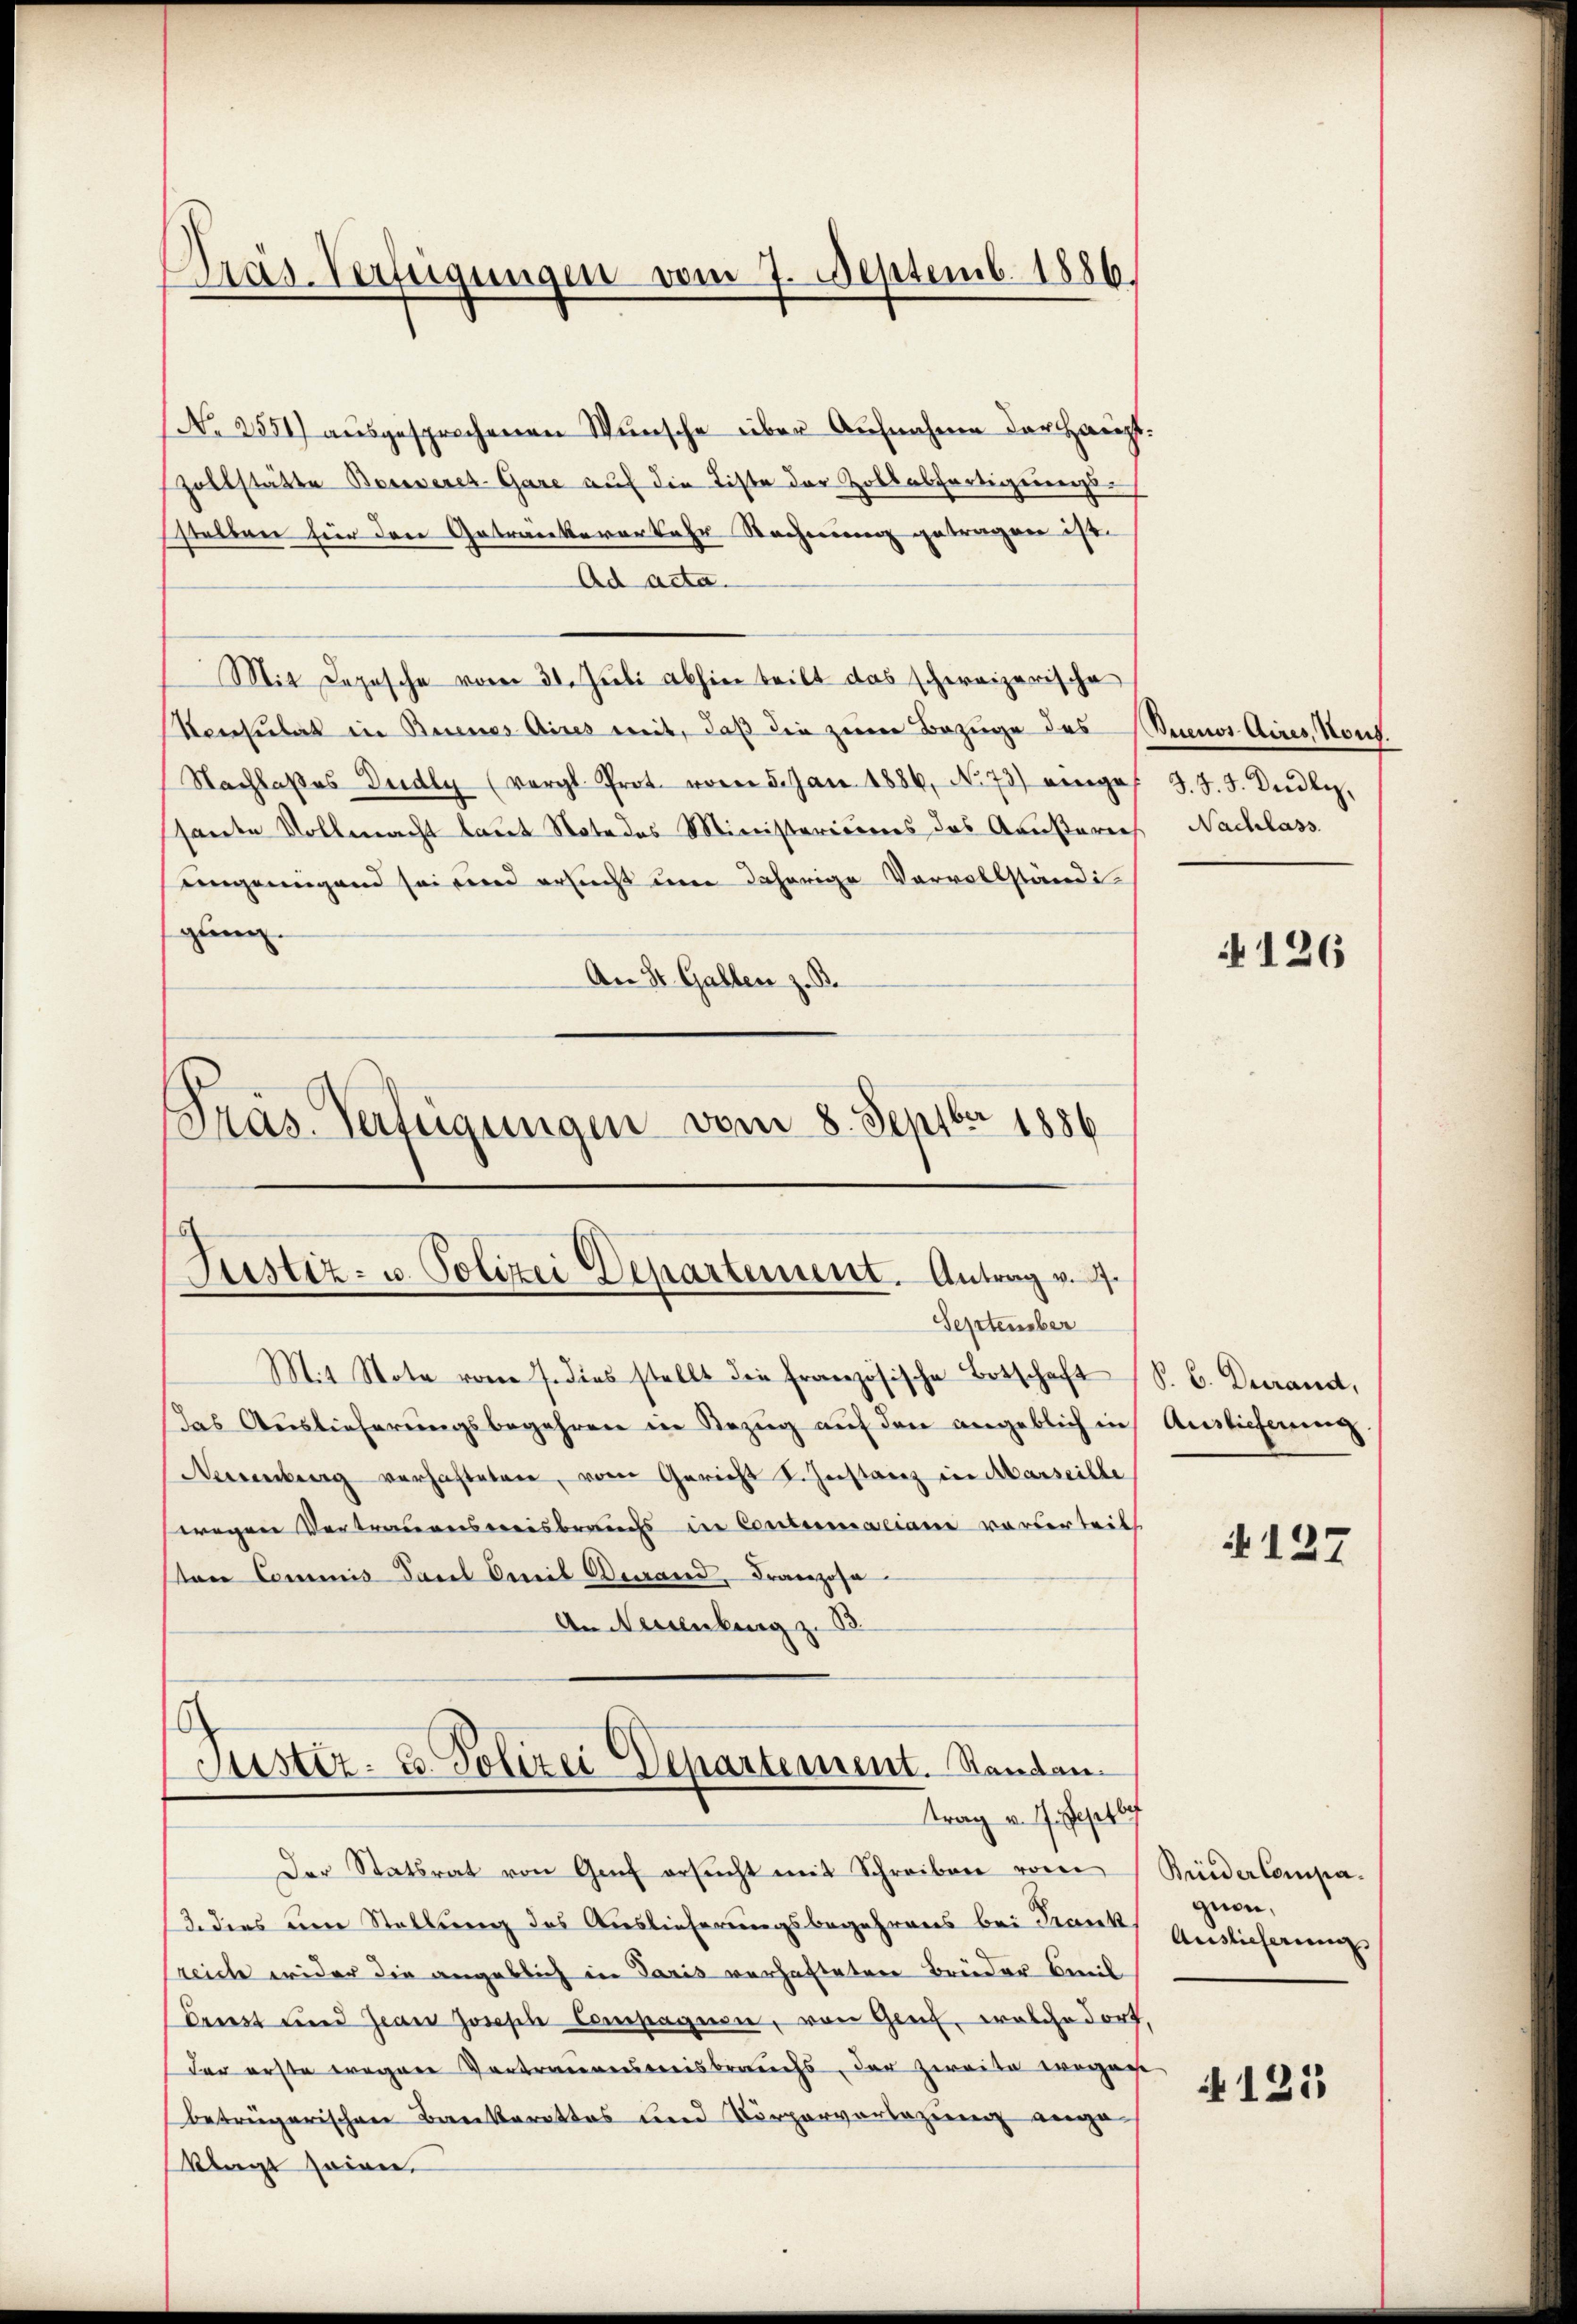
Dräs-Verfügungen vom 7. Septemb. 1886.

No 2551) ausgesprochenen Wunsche über Aufnahme der Haupt¬
Zollstätte Bossseret-Gare auf die Liste der Zollabfertigungs-
sstellen für den Getränkererkehr Rechnung getragen ist.
Ad Acta.
Mit Depesche vom 31. Juli abhin teilt das schweizerische
Konsulat in Beines Aires mit, daß die zum Bezüge des Buenos Aires, Nous.
Nachlaßes Dudly (vergl. Prot. vom 5. Jan. 1886, No 73) wenige
sante Vollmacht laut Note des Ministericiers das Aeusterich Nachlass
eingenügend sei und ersucht um daherige Vervollständi-
gung.
An St. Gallen z. B.

Justiz- u. Polizei Departement. Antrag v. 4.
September

Präs. Verfügungen vom 8. Septbr 1886

Mit Note vom 7. dies stellt die französische Botschaft (S. B. Dierand,
Das Auslieferungsbegehren in Bezug auf den angeblich in Auslieferung
Neuenburg verhafteten, vom Gericht I. Instanz in Marseille
wegen Vertrauensweisbrauchs in Contumaciane vorderteilt
Von Commis Carl Emil Degrand, Franzose
An Neisenberg z. B.

6
Justiz- u. Polizei Departement. Standen
trag v. J. Septbr

J. J. J. Deidli,

Der Statsrat von Genf ersŭcht mit Schreiben vom Bunder Compa
13. dies am Stellung des Auslieferungsbegehrens bei Frank.
reidte wider die angeblich in Paris verhafteten Brüder Beeil
Driest und Jean Joseph Compagnen, von Genf, welche dorf,
der erste wegene Vortrauensweisbrauchs, der zweite wogege
beträgerischen Bankarettes und Körperverlegung ange
klagt seien.

quon,
Auslieferung

126

127

125